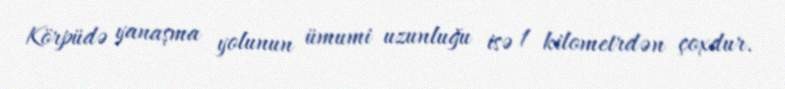
Körpüdə yanaşma yolunun ümumi uzunluğu isə 1 kilometrdən çoxdur.